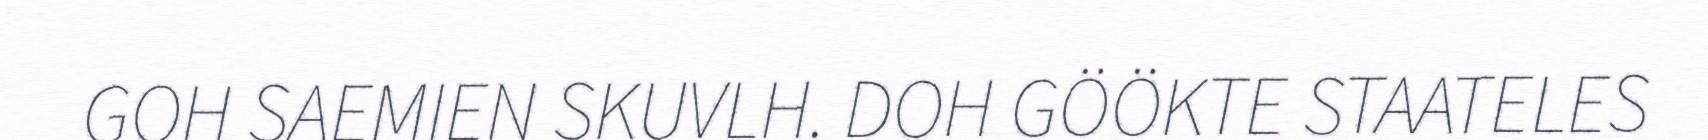
GOH SAEMIEN SKUVLH. DOH GÖÖKTE STAATELES